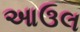
આઉલ